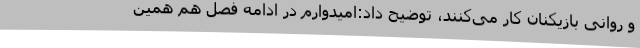
و روانی بازیکنان کار می‌کنند، توضیح داد:امیدوارم در ادامه فصل هم همین